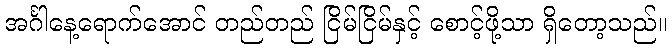
အင်္ဂါနေ့ရောက်အောင် တည်တည် ငြိမ်ငြိမ်နှင့် စောင့်ဖို့သာ ရှိတော့သည်။